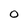
Character: O